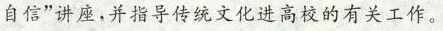
自信”讲座,并指导传统文化进高校的有关工作。